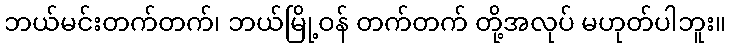
ဘယ်မင်းတက်တက်၊ ဘယ်မြို့ဝန် တက်တက် တို့အလုပ် မဟုတ်ပါဘူး။